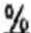
%